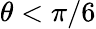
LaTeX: \theta<\pi/6